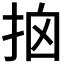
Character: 𢫥